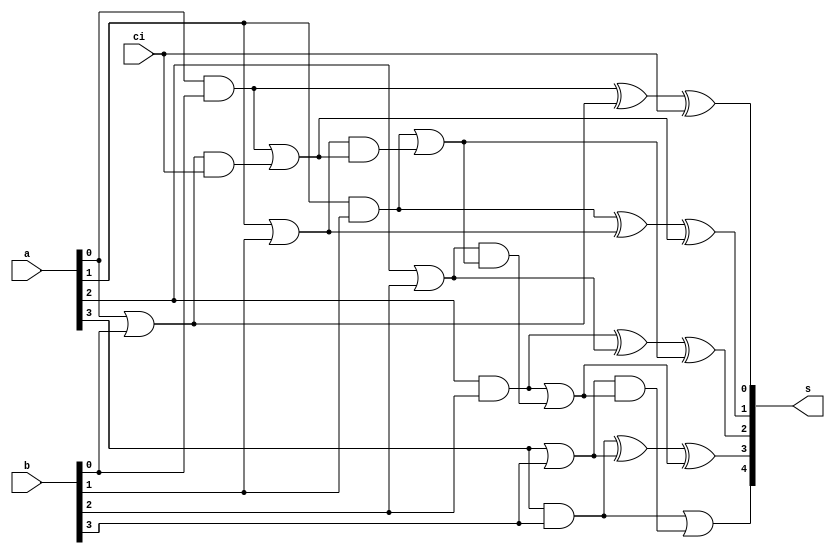
module adder_5bout(
    input [3:0] a,
    input [3:0] b,
    input ci,
    output [4:0] s
);
    reg [3:0] P,G,C;
    reg [3:0]Sum;
    reg Cout;
    always @(a or b or ci)
    begin
    G[0] =a[0] & b[0];      
    P[0] =a[0] | b[0];      
    C[0] =ci;               
    Sum[0] =G[0]^ P[0] ^ C[0];
    G[1] =a[1] & b[1];
    P[1] =a[1] | b[1];
    C[1] =G[0] |(P[0] & C[0]);
    Sum[1] =G[1] ^ P[1] ^ C[1];
    G[2] =a[2] & b[2];
    P[2] =a[2] | b[2];
    C[2] =G[1] |(P[1] & C[1]);
    Sum[2] =G[2] ^ P[2] ^ C[2];
    G[3] =a[3] & b[3];
    P[3] =a[3] | b[3];
    C[3] =G[2] |(P[2] & C[2]);
    Sum[3] =G[3] ^ P[3] ^ C[3];
    Cout =G[3] | (P[3] & C[3]);
    end
    assign s[3:0]=Sum;
    assign s[4]=Cout;
endmodule